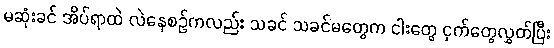
မဆုံးခင် အိပ်ရာထဲ လဲနေစဉ်ကလည်း သခင် သခင်မတွေက ငါးတွေ ငှက်တွေလွှတ်ပြီး